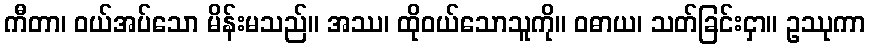
ကီတာ၊ ဝယ်အပ်သော မိန်းမသည်။ အဿ၊ ထိုဝယ်သောသူကို။ ဝဓာယ၊ သတ်ခြင်းငှာ။ ဥဿုကာ